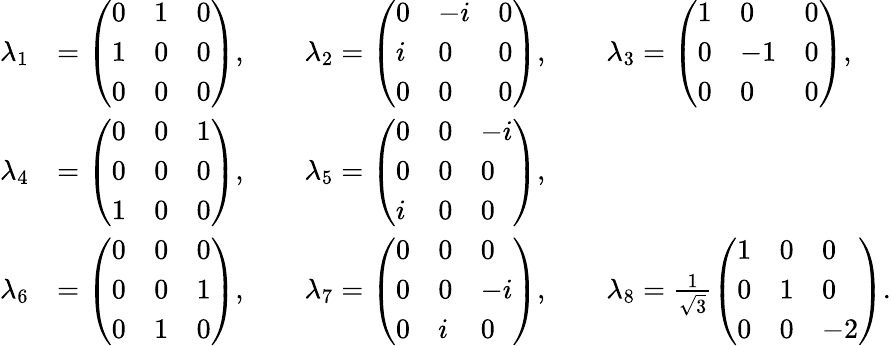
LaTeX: \begin{array}{rl}{\lambda_{1}}&{=\left(\begin{array}{lll}{0}&{1}&{0}\\ {1}&{0}&{0}\\ {0}&{0}&{0}\end{array}\right),\qquad\lambda_{2}=\left(\begin{array}{lll}{0}&{-i}&{0}\\ {i}&{0}&{0}\\ {0}&{0}&{0}\end{array}\right),\qquad\lambda_{3}=\left(\begin{array}{lll}{1}&{0}&{0}\\ {0}&{-1}&{0}\\ {0}&{0}&{0}\end{array}\right),}\\ {\lambda_{4}}&{=\left(\begin{array}{lll}{0}&{0}&{1}\\ {0}&{0}&{0}\\ {1}&{0}&{0}\end{array}\right),\qquad\lambda_{5}=\left(\begin{array}{lll}{0}&{0}&{-i}\\ {0}&{0}&{0}\\ {i}&{0}&{0}\end{array}\right),}\\ {\lambda_{6}}&{=\left(\begin{array}{lll}{0}&{0}&{0}\\ {0}&{0}&{1}\\ {0}&{1}&{0}\end{array}\right),\qquad\lambda_{7}=\left(\begin{array}{lll}{0}&{0}&{0}\\ {0}&{0}&{-i}\\ {0}&{i}&{0}\end{array}\right),\qquad\lambda_{8}=\frac{1}{\sqrt{3}}\left(\begin{array}{lll}{1}&{0}&{0}\\ {0}&{1}&{0}\\ {0}&{0}&{-2}\end{array}\right).}\end{array}